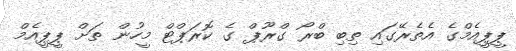
ޕީޕީއެމްގެ އެތެރޭގައި ތިބި ބްރޯ ގްރޫޕް ގެ ކޮރަޕްޓް މީހުން ތަށް ޕީޕީއެމް